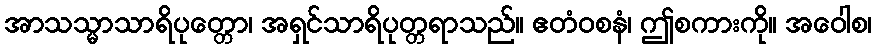
အာသသ္မာသာရိပုတ္တော၊ အရှင်သာရိပုတ္တရာသည်။ ဧတံဝစနံ၊ ဤစကားကို။ အဝေါစ၊